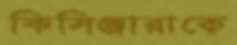
কিসিঞ্জারাকে